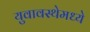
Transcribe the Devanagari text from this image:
युवावस्थेमध्ये